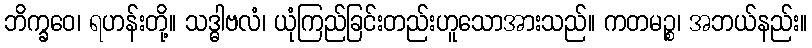
ဘိက္ခဝေ၊ ရဟန်းတို့။ သဒ္ဓါဗလံ၊ ယုံကြည်ခြင်းတည်းဟူသောအားသည်။ ကတမဉ္စ၊ အဘယ်နည်း။